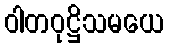
ဝါတဝုဋ္ဌိသမယေ